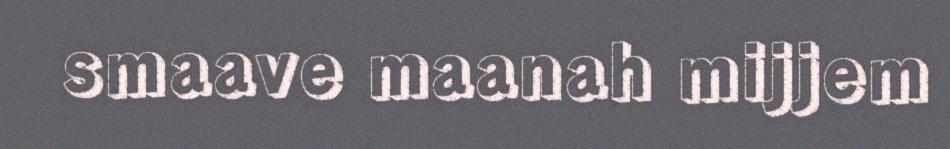
smaave maanah mijjem